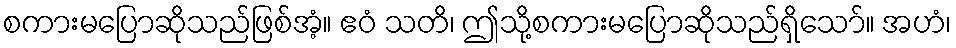
စကားမပြောဆိုသည်ဖြစ်အံ့။ ဧဝံ သတိ၊ ဤသို့စကားမပြောဆိုသည်ရှိသော်။ အဟံ၊